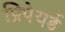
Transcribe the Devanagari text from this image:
प्रिपेयर्ड